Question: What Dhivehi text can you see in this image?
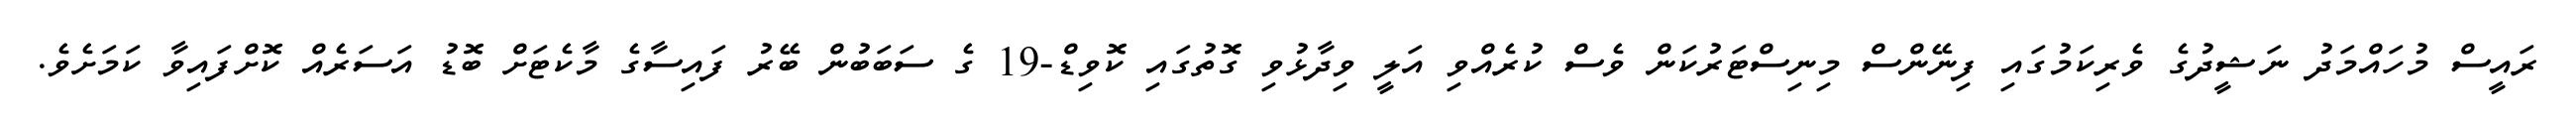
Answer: ރައީސް މުހައްމަދު ނަޝީދުގެ ވެރިކަމުގައި ފިނޭންސް މިނިސްޓަރުކަން ވެސް ކުރެއްވި އަލީ ވިދާޅުވި ގޮތުގައި ކޮވިޑް-19 ގެ ސަބަބުން ބޭރު ފައިސާގެ މާކެޓަށް ބޮޑު އަސަރެއް ކޮށްފައިވާ ކަމަށެވެ.